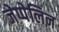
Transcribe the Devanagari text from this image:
जेप्पेलिऩ